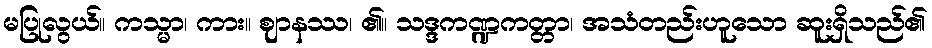
မပြုလွယ်။ ကသ္မာ၊ ကား။ ဈာနဿ၊ ၏။ သဒ္ဒကဏ္ဍကတ္တာ၊ အသံတည်းဟူသော ဆူးရှိသည်၏